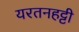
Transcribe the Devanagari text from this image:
यरतनहट्टी